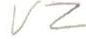
VZ